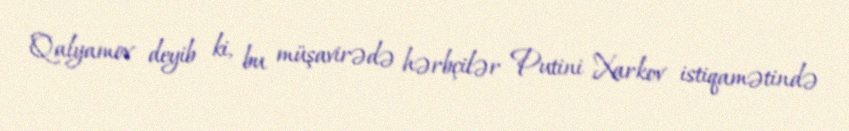
Qalyamov deyib ki, bu müşavirədə hərbçilər Putini Xarkov istiqamətində